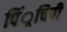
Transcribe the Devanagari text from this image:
पिं्रचिपी